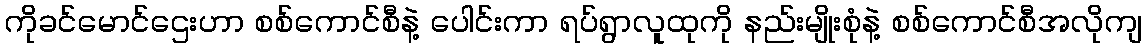
ကိုခင်မောင်ဌေးဟာ စစ်ကောင်စီနဲ့ ပေါင်းကာ ရပ်ရွာလူထုကို နည်းမျိုးစုံနဲ့ စစ်ကောင်စီအလိုကျ